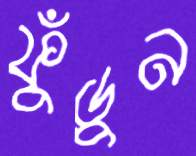
ফুঁড়ুন